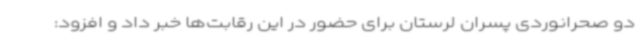
دو صحرانوردی پسران لرستان برای حضور در این رقابت‌ها خبر داد و افزود: